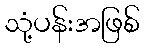
သုံ့ပန်းအဖြစ်